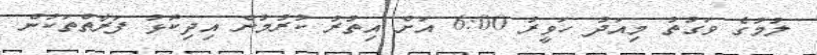
ލުމުގެ ވަގުތު މިއަދު ހަވީރު 6:00 އަށް އިތުރު ކުރުމުން އިދިކޮޅު ފަރާތްތަކުން